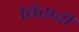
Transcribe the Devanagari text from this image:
बिसरीं